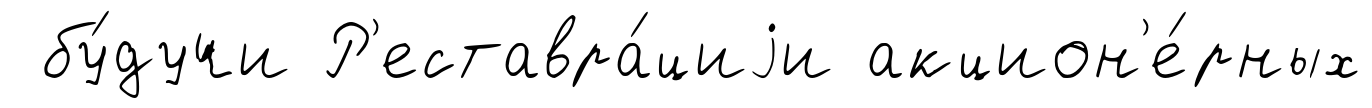
бу́дучи Р'еставра́циjи акцион'е́рных